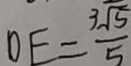
D E = \frac { 3 \sqrt { 5 } } { 5 }